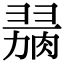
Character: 𦞋